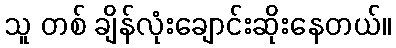
သူ တစ် ချိန်လုံးချောင်းဆိုးနေတယ်။